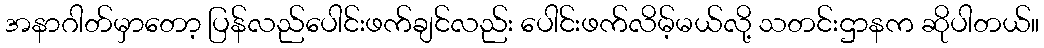
အနာဂါတ်မှာတော့ ပြန်လည်ပေါင်းဖက်ချင်လည်း ပေါင်းဖက်လိမ့်မယ်လို့ သတင်းဌာနက ဆိုပါတယ်။